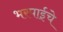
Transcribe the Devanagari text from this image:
भरपाईचे